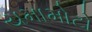
યમામોટો